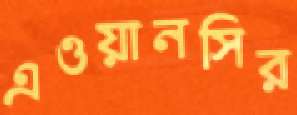
এওয়ানসির